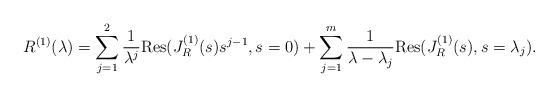
LaTeX: \begin{align*}R^{(1)}(\lambda) = \sum_{j=1}^{2}\frac{1}{\lambda^{j}}\mbox{Res}(J_{R}^{(1)}(s)s^{j-1},s = 0)+ \sum_{j=1}^{m} \frac{1}{\lambda-\lambda_{j}}\mbox{Res}(J_{R}^{(1)}(s),s = \lambda_{j}).\end{align*}